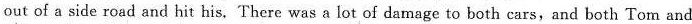
out of a side road and hit his, There was a lot of damage to both cars, and both Tom and